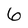
Character: 6